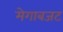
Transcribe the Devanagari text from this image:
मेगाबजट